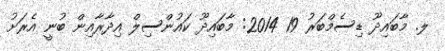
ލ. މާބައިދޫ ޑިސެމްބަރު 19 2014: މާބައިދޫ ކައުންސިލް އިދާރާއިން ބުނީ އެރަށު